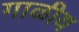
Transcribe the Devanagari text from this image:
गाळीय